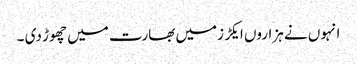
انہوں نے ہزاروں ایکڑ زمیں بھارت میں چھوڑ دی ۔